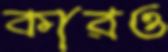
কারও